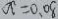
a ^ { 2 } = 0 . 0 8